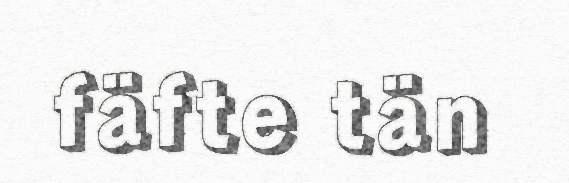
fäfte tän